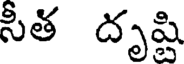
సీత దృష్టి